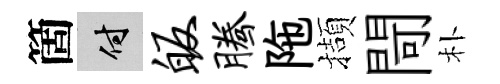
箇付皈腾陁擷閜朴